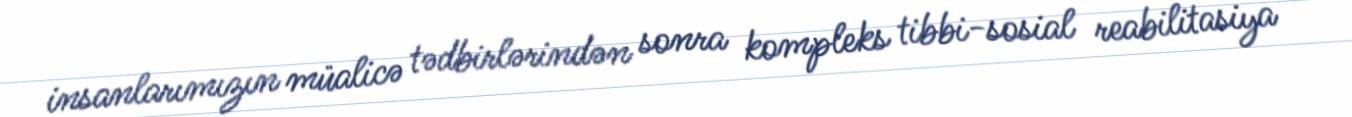
insanlarımızın müalicə tədbirlərindən sonra kompleks tibbi-sosial reabilitasiya